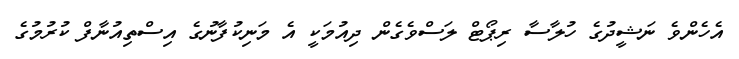
އެހެންވެ ނަޝީދުގެ ހުލާސާ ރިޕޯޓް ލަސްވެގެން ދިއުމަކީ އެ މަނިކުފާނުގެ އިސްތިއުނާފް ކުރުމުގެ